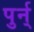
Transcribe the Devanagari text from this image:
पुर्न्